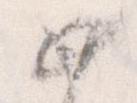
如